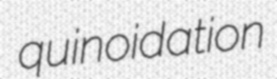
quinoidation